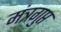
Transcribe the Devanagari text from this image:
मंत्रगुप्त